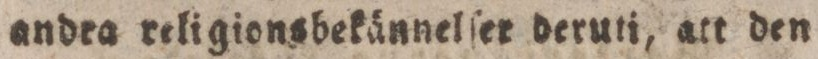
andra religionsbekännelſer deruti, att den